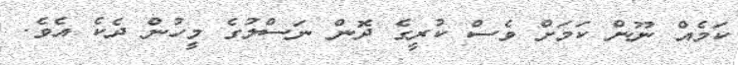
ކަމެއް ނޫން ކަމަށް ވެސް ކުރީގެ ދޮން ނަސްލުގެ މީހުން ދެކެ އެވެ.